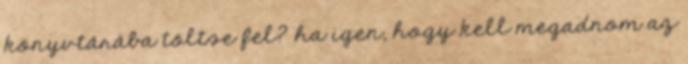
könyvtárába töltse fel? ha igen, hogy kell megadnom az